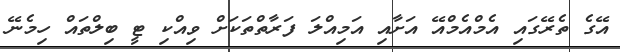
އޭގެ ތެރޭގައި އެމްއެމްއޭ އަށާއި އަމިއްލަ ފަރާތްތަކަށް ވިއްކި ޓީ ބިލްތައް ހިމެނޭ